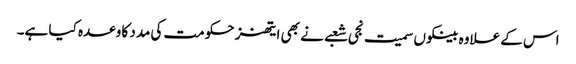
اس کے علاوہ بینکوں سمیت نجی شعبے نے بھی ایتھنز حکومت کی مدد کا وعدہ کیا ہے۔